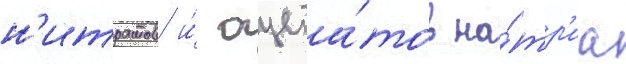
н'итратов и́ ацета́тов на́тр'иа